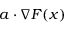
a \cdot \nabla F ( x )